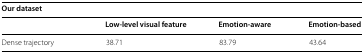
<table><thead><tr><td colspan="4"><b>Our dataset</b></td></tr><tr><td></td><td><b>Low-level visual feature</b></td><td><b>Emotion-aware</b></td><td><b>Emotion-based</b></td></tr></thead><tbody><tr><td>Dense trajectory</td><td>38.71</td><td>83.79</td><td>43.64</td></tr></tbody></table>